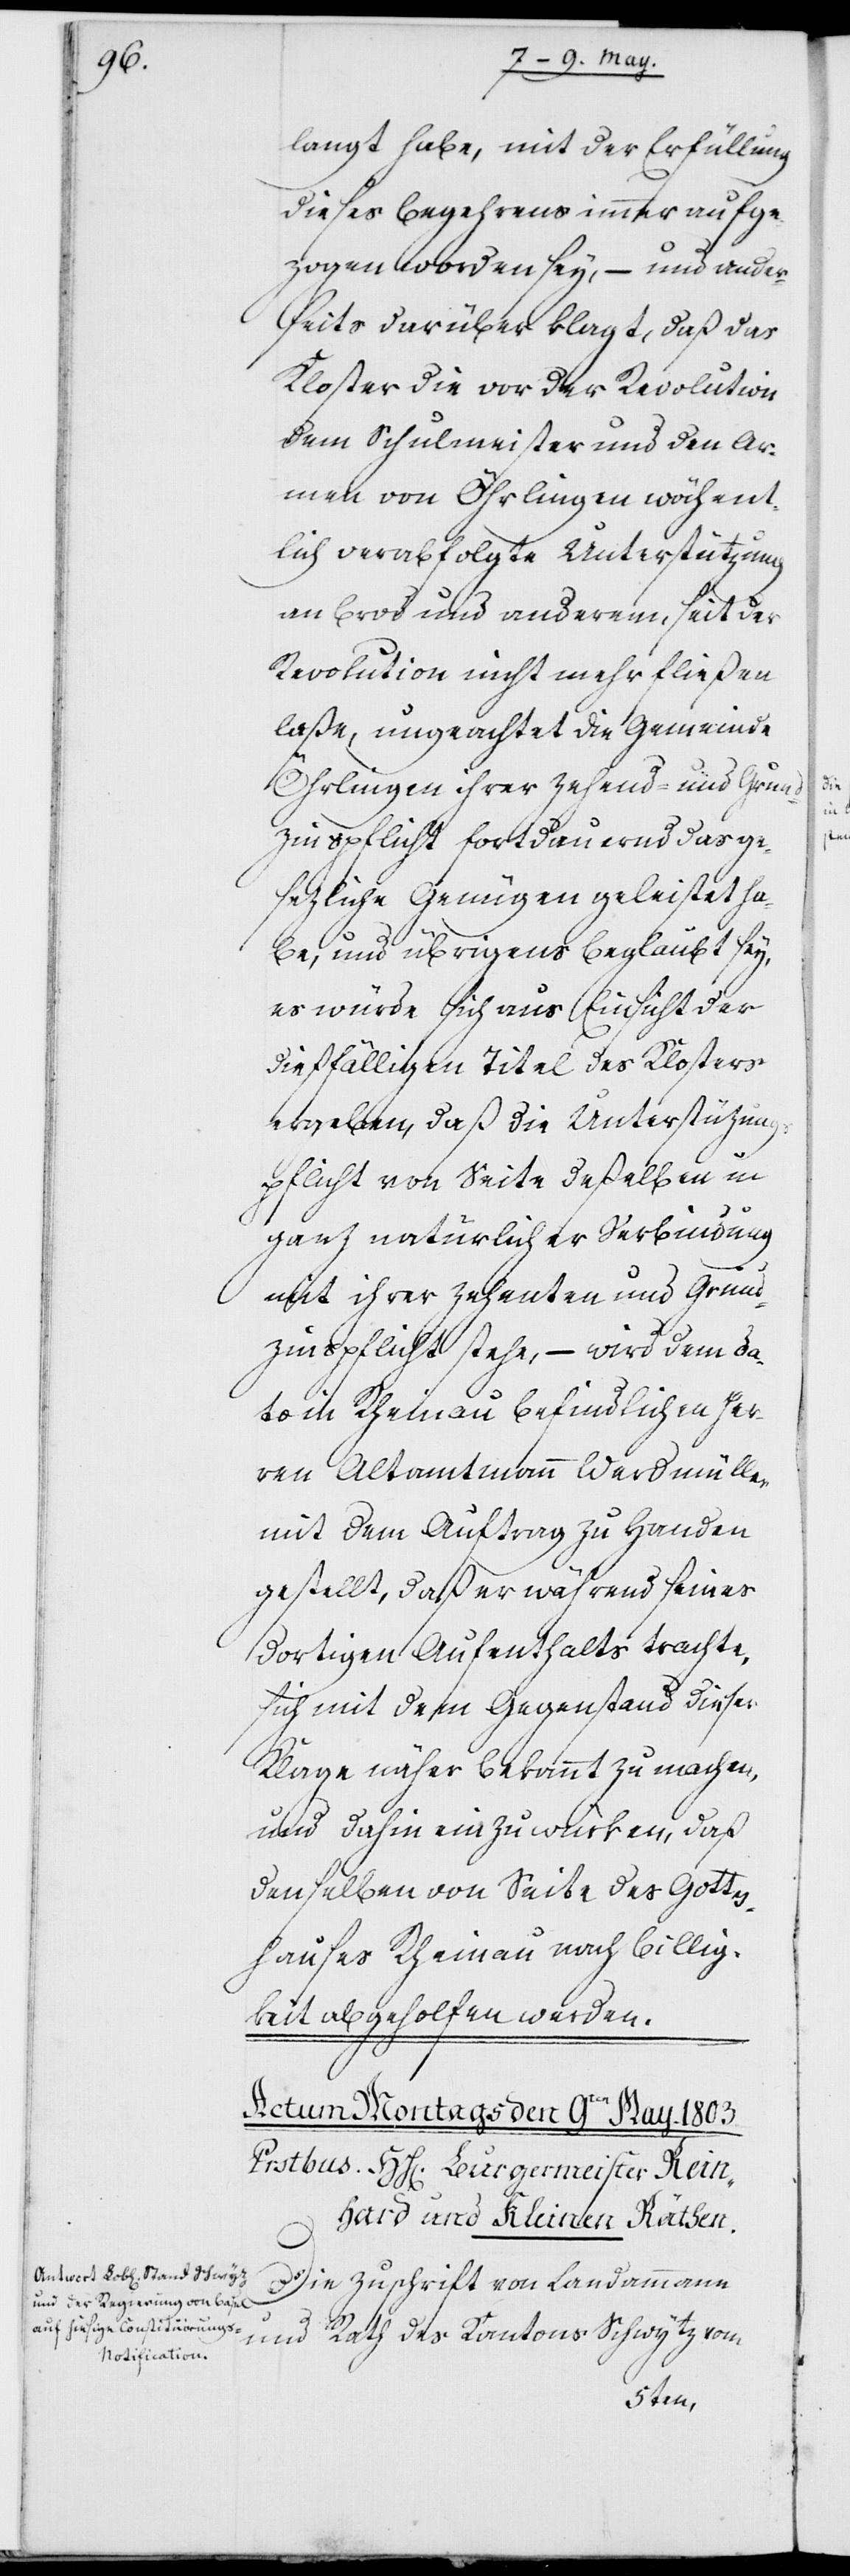
langt habe, mit der Erfüllung
dieses Begehrens immer aufge¬
zogen worden sey, – und ander¬
seits darüber klagt, daß das
Kloster die vor der Revolution
dem Schulmeister und den Ar¬
men von Örlingen wöchent¬
lich verabfolgte Unterstützung
an Brod und anderem, seit der
Revolution nicht mehr fließen
laße, ungeachtet die Gemeinde
Örlingen ihrer Zehend- und Grund¬
zinspflicht fortdauernd das ge¬
sezliche Genügen geleistet ha¬
be, und übrigens beglaubt sey,
es würde sich aus Einsicht der
dießfälligen Titel des Klosters
ergeben, daß die Unterstützung¬
spflicht von Seite deßelben in
ganz natürlicher Verbindung
mit ihrer Zehenten- und Grund¬
zinspflicht stehe, – wird dem da¬
to in Rheinau befindlichen Her¬
ren Altamtmann Werdmüller
mit dem Auftrag zu Handen
gestellt, daß er während seines
dortigen Aufenthalts trachte,
sich mit dem Gegenstand dieser
Klage näher bekannt zu machen,
und dahin einzuwürken, daß
denselben von Seite des Gottes¬
hauses Rheinau nach Billig¬
keit abgeholfen werden
Die Zuschrift von Landammann
und Rath des Kantons Schwytz vom